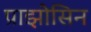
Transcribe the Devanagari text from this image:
प्राझोसिन